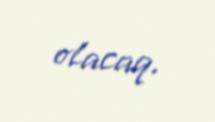
olacaq.